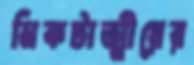
নিকটাত্মীয়ের